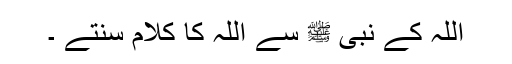
اللہ کے نبی ﷺ سے اللہ کا کلام سنتے ۔